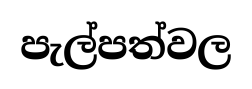
පැල්පත්වල